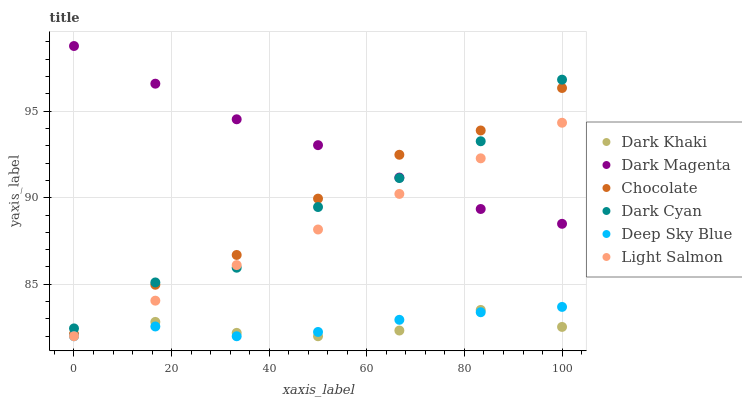
| xaxis_label | Dark Khaki | Dark Magenta | Chocolate | Dark Cyan | Deep Sky Blue | Light Salmon |
 | --- | --- | --- | --- | --- | --- | --- |
 | 0 | 82.1 | 98.8 | 82.1 | 82.5 | 82 | 82 |
 | 16.7 | 82.8 | 96.6 | 85 | 85.1 | 82.6 | 84.1 |
 | 33.3 | 82.2 | 94.5 | 86.7 | 86 | 82 | 86.1 |
 | 50 | 82 | 93 | 89.9 | 89.5 | 82.2 | 88.2 |
 | 66.7 | 82.3 | 91.2 | 92.5 | 91.1 | 82.9 | 90.2 |
 | 83.3 | 83.5 | 89.3 | 93.9 | 93.3 | 83.4 | 92.3 |
 | 100 | 82.5 | 88.5 | 96.3 | 96.8 | 83.7 | 94.3 |